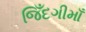
જિઁદગીમાઁ